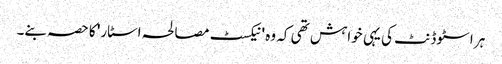
ہر اسٹوڈنٹ کی یہی خواہش تھی کہ وہ 'نیکسٹ مصالحہ اسٹار' کا حصہ بنے۔